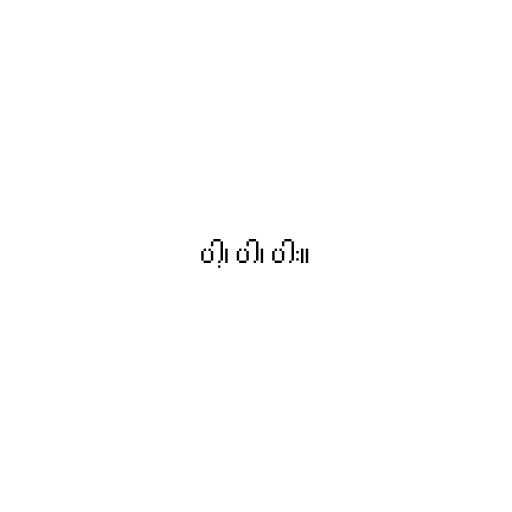
ပါ့၊ ပါ၊ ပါး။